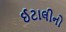
ઈટાલીનો